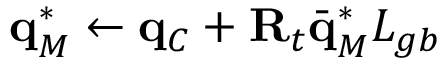
\mathbf q _ { M } ^ { * } \gets \mathbf q _ { C } + \mathbf R _ { t } \bar { \mathbf q } _ { M } ^ { * } L _ { g b }